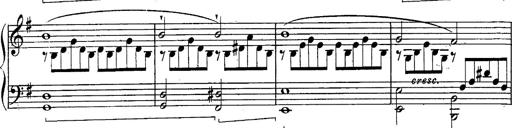
Title: Schubert's Impromptus [revised and edited by Franz Liszt]
Composer: Franz Liszt